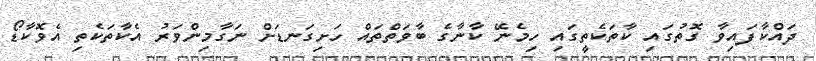
ދައްކާފައިވާ ގޮތުގައި ކާތަކެތީގައި ހިމެނޭ ކާނާގެ ބާވަތްތައް ހަށިގަނޑަށް ނަގާމިންވަރު އެކާތަކެތި އެވޮކާޑޯ